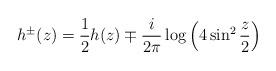
LaTeX: \begin{align*}h^\pm(z)=\frac{1}{2}h(z)\mp \frac{i}{2\pi}\log\left(4\sin^2\frac{z}{2}\right)\end{align*}